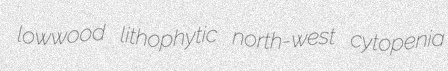
lowwood lithophytic north-west cytopenia